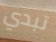
تبدي